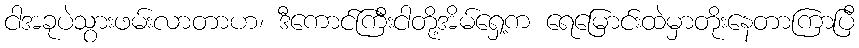
ငါအခုပဲသွားဖမ်းလာတာဟ၊ ဒီကောင်ကြီးငါတို့အိမ်ရှေ့က ရေမြောင်းထဲမှာတိုးနေတာကြာပြီ